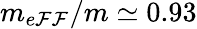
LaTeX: m_{e\mathcal{F}\mathcal{F}}/m\simeq0.93